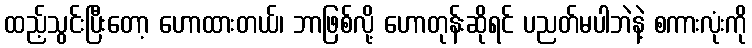
ထည့်သွင်းပြီးတော့ ဟောထားတယ်၊ ဘာဖြစ်လို့ ဟောတုန်းဆိုရင် ပညတ်မပါဘဲနဲ့ စကားလုံးကို